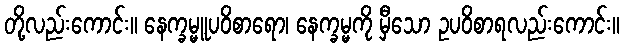
တို့လည်းကောင်း။ နေက္ခမ္မူပဝိစာရော၊ နေက္ခမ္မကို မှီသော ဥပဝိစာရလည်းကောင်း။